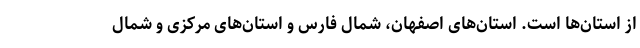
از استان‌ها است. استان‌های اصفهان، شمال فارس و استان‌های مرکزی و شمال